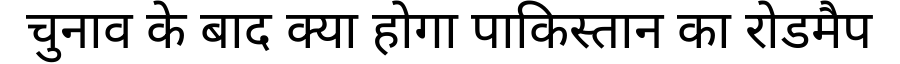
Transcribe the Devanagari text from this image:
चुनाव के बाद क्या होगा पाकिस्तान का रोडमैप